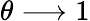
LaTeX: \theta\longrightarrow 1